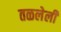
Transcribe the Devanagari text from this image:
तळलेली